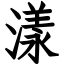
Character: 漾